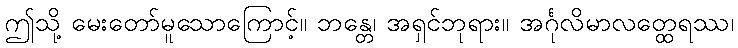
ဤသို့ မေးတော်မူသောကြောင့်။ ဘန္တေ၊ အရှင်ဘုရား။ အင်္ဂုလိမာလတ္ထေရဿ၊